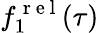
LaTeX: f_{1}^{\mathrm{~r~e~l~}}(\tau)